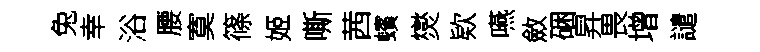
兔幸浴腰寞篠姬嘶茜蠙爕欵嚥斂硱昇畏增譴